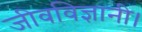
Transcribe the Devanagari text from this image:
जीवविज्ञानी।